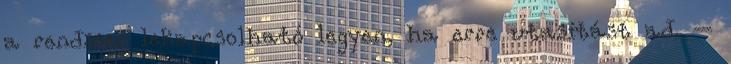
a rendszer lekapcsolható legyen, ha erre utasítást ad. –